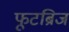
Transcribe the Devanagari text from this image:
फूटब्रिज